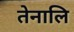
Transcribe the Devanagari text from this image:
तेनालि